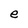
Character: e